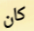
كان